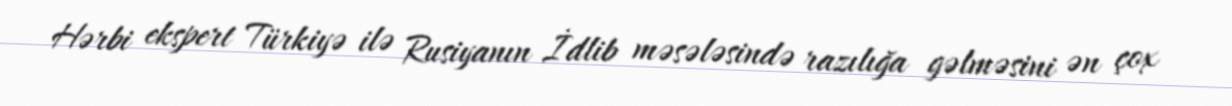
Hərbi ekspert Türkiyə ilə Rusiyanın İdlib məsələsində razılığa gəlməsini ən çox